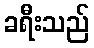
ခရီးသည်